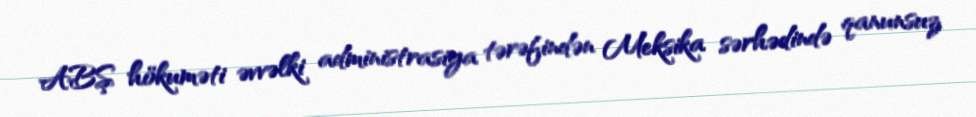
ABŞ hökuməti əvvəlki administrasiya tərəfindən Meksika sərhədində qanunsuz